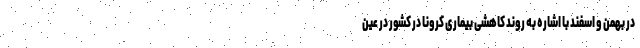
در بهمن و اسفند با اشاره به روند کاهشی بیماری کرونا در کشور در عین